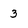
Character: 3